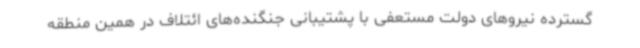
گسترده نیروهای دولت مستعفی با پشتیبانی جنگنده‌های ائتلاف در همین منطقه